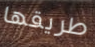
طريقها